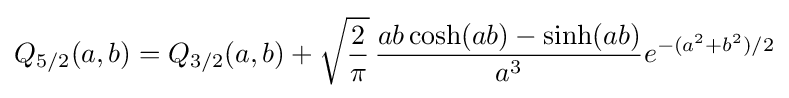
Q_{5/2}(a,b)=Q_{3/2}(a,b)+{\sqrt {\frac {2}{\pi }}}\,{\frac {ab\cosh(ab)-\sinh(ab)}{a^{3}}}e^{-(a^{2}+b^{2})/2}